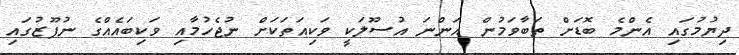
ދިޔުމުގައި އެންމެ ބޮޑަށް ތަބާވަމުން އަންނަ އުސޫލަކީ ވަކިއަތަކަށް ނުޖެހުމާއި ވަކިބައެއްގެ ނުފޫޒުގައި